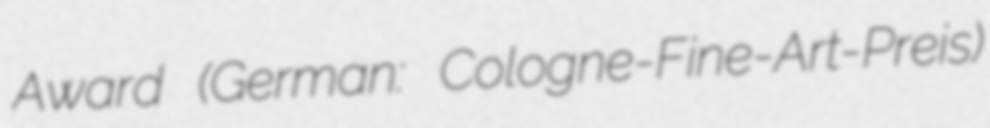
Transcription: Award (German: Cologne-Fine-Art-Preis)